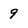
Character: 9